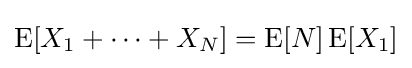
\operatorname {E} [X_{1}+\dots +X_{N}]=\operatorname {E} [N]\operatorname {E} [X_{1}]